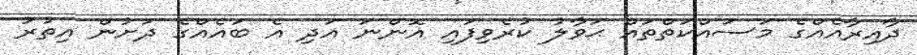
ދާއިރާއެއްގެ މަސައްކަތްތައް ޙަވާލު ކުރެވިފައި އޮންނަ އަދި އެ ބައެއްގެ ދަށުން އިތުރު